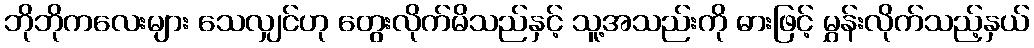
ဘိုဘိုကလေးများ သေလျှင်ဟု တွေးလိုက်မိသည်နှင့် သူ့အသည်းကို ဓားဖြင့် မွှန်းလိုက်သည့်နှယ်